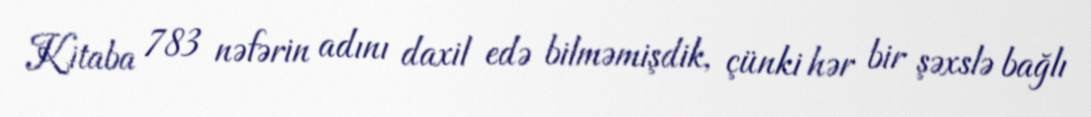
Kitaba 783 nəfərin adını daxil edə bilməmişdik, çünki hər bir şəxslə bağlı